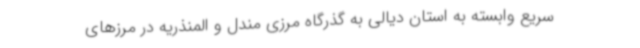
سریع وابسته به استان دیالی به گذرگاه مرزی مندل و المنذریه در مرزهای